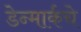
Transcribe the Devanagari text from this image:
डेन्मार्कचे